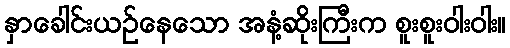
နှာခေါင်းယဉ်နေသော အနံ့ဆိုးကြီးက စူးစူးဝါးဝါး။